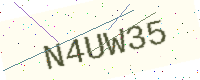
Text: N4UW35